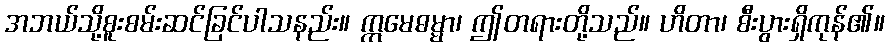
အဘယ်သို့စူးစမ်းဆင်ခြင်ပါသနည်း။ ဣမေဓမ္မာ၊ ဤတရားတို့သည်။ ဟိတာ၊ စီးပွားရှိကုန်၏။